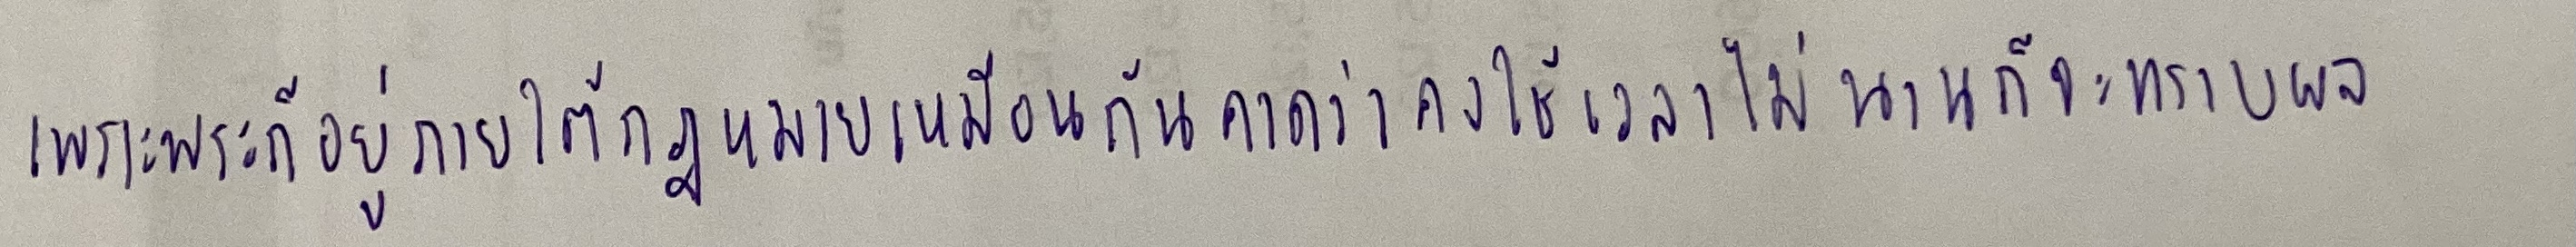
เพราะพระก็อยู่ภายใต้กฎหมายเหมือนกันคาดว่าคงใช้เวลาไม่นานก็จะทราบผล